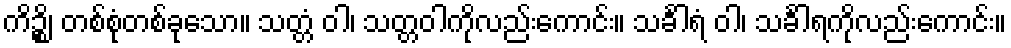
ကိဉ္စိ၊ တစ်စုံတစ်ခုသော။ သတ္တံ ဝါ၊ သတ္တဝါကိုလည်းကောင်း။ သင်္ခါရံ ဝါ၊ သင်္ခါရကိုလည်းကောင်း။